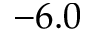
- 6 . 0